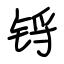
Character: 锊